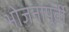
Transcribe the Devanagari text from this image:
भोजनापूर्वी